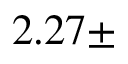
2 . 2 7 \pm